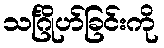
သင်္ဂြိုဟ်ခြင်းကို